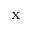
_ \mathrm { x }